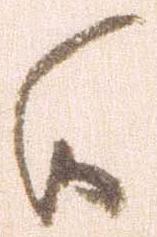
候